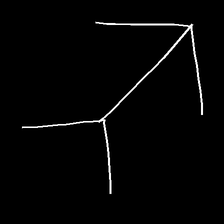
Glyph: gather